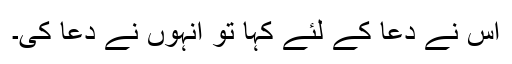
اس نے دعا کے لئے کہا تو انہوں نے دعا کی۔